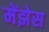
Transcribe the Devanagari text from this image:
मेंझेस